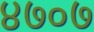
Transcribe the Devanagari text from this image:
४७०७